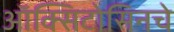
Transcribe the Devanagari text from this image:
ऑक्सिटोसिनचे